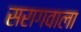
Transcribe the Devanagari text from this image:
सरागवाला